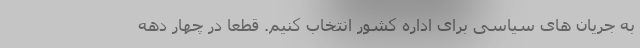
به جریان های سیاسی برای اداره کشور انتخاب کنیم. قطعاً در چهار دهه